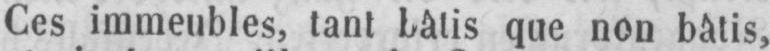
Ces immeubles, tant bâtis que non bâtis,